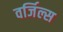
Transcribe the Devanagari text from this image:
वर्जिल्स